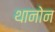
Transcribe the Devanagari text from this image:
थानोन